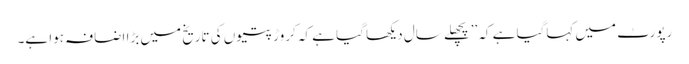
رپورٹ میں کہاگیا ہے کہ ’’پچھلے سال دیکھا گیا ہے کہ کروڑ پتیوں کی تاریخ میں بڑا اضافہ ہوا ہے۔